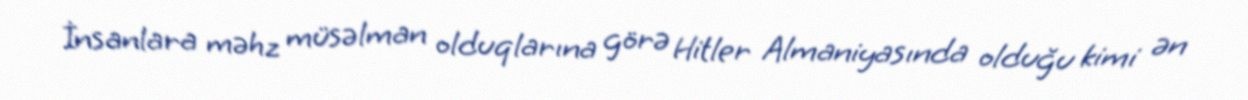
İnsanlara məhz müsəlman olduqlarına görə Hitler Almaniyasında olduğu kimi ən